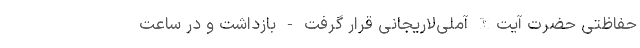
حفاظتی حضرت آیت‌الله آملی‌لاریجانی قرار گرفت - بازداشت و در ساعت